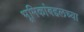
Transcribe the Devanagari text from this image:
भूमिकांबद्दलच्या